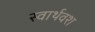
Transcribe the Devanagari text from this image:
स्वार्थवश